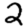
Digit: 2